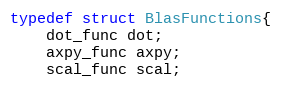
Language: C
typedef struct BlasFunctions{
    dot_func dot;
    axpy_func axpy;
    scal_func scal;